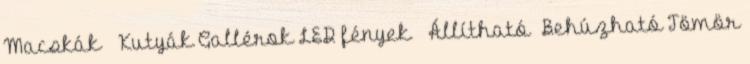
Macskák Kutyák Gallérok LED fények Állítható Behúzható Tömör